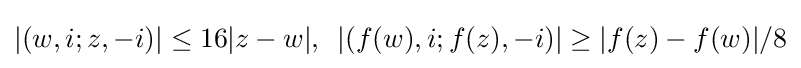
|(w,i;z,-i)|\leq 16|z-w|,\,\,\,|(f(w),i;f(z),-i)|\geq |f(z)-f(w)|/8